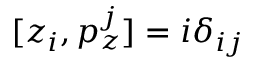
[ z _ { i } , p _ { z } ^ { j } ] = i \delta _ { i j }